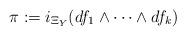
LaTeX: \begin{align*}\pi := i_{\Xi_Y} (df_1 \wedge \cdots \wedge df_k)\end{align*}